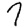
Digit: 7